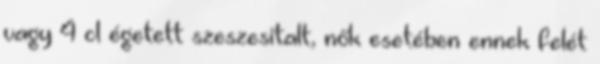
vagy 4 cl égetett szeszesitalt, nők esetében ennek felét